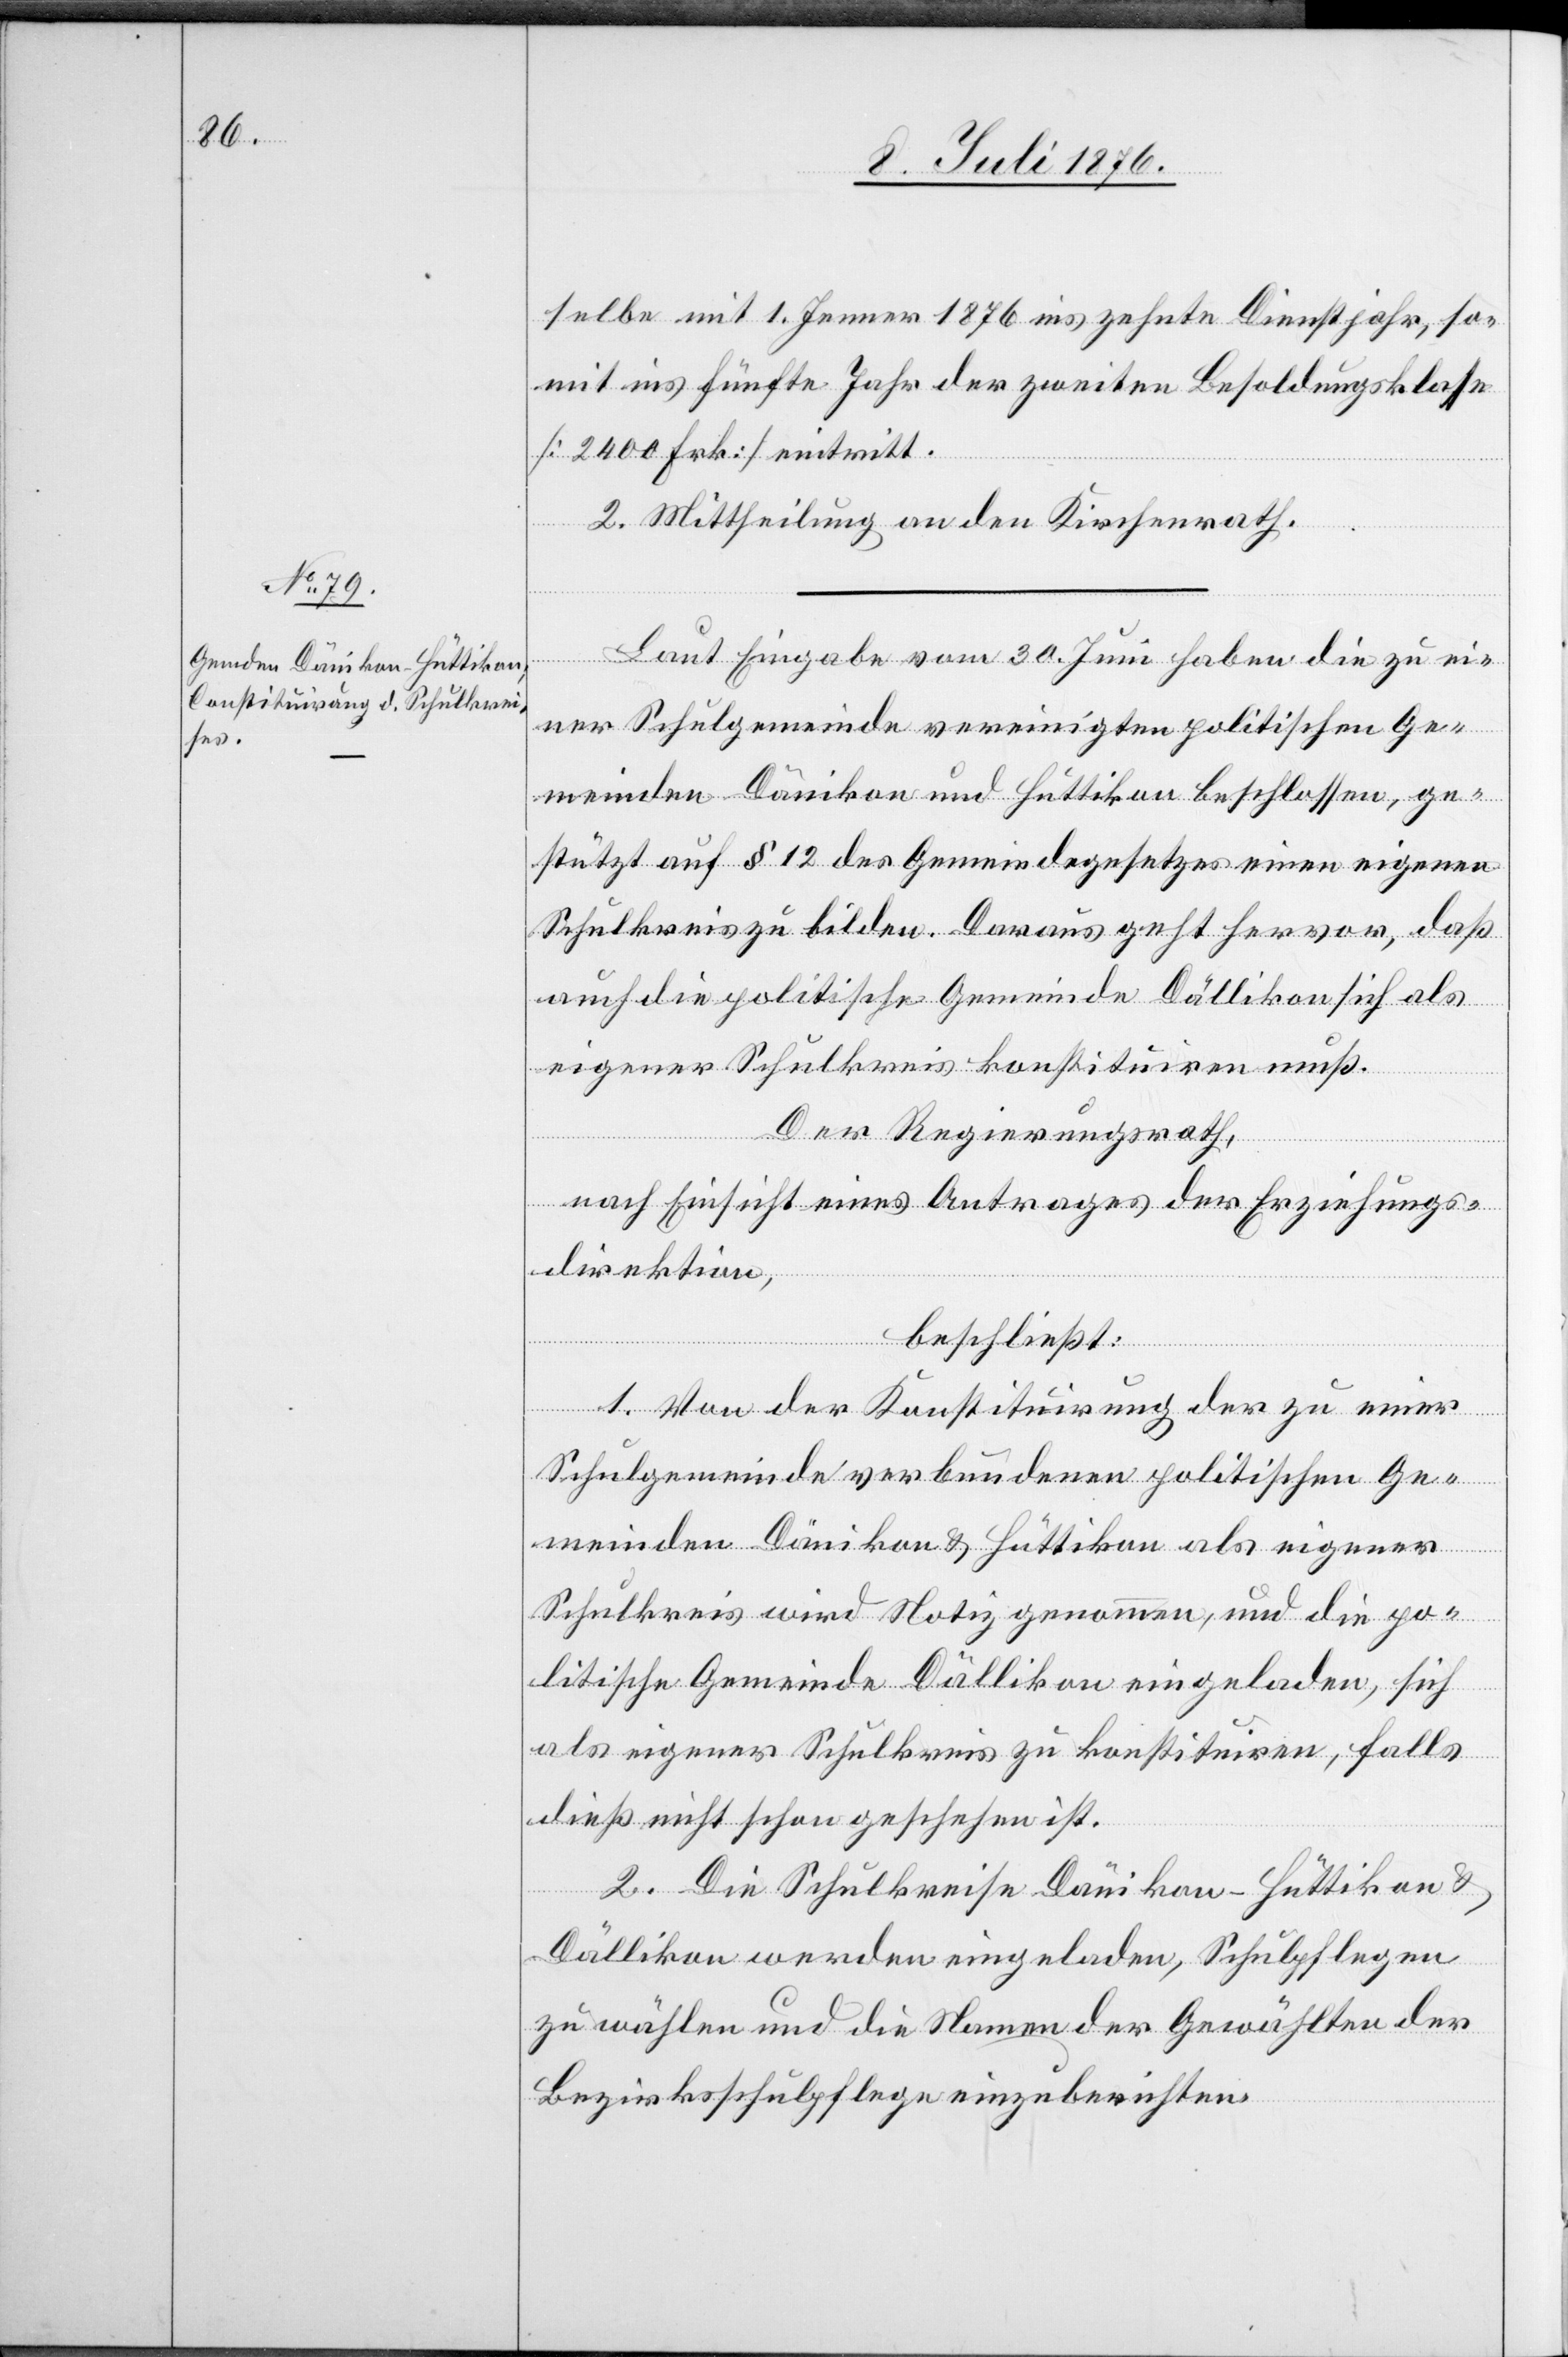
selbe mit 1. Jenner 1876 ins zehnte Dienstjahr, so¬
mit ins fünfte Jahr der zweiten Besoldungsklasse
[2400 Frk.] eintritt.
2. Mittheilung an den Kirchenrath.
Laut Eingabe vom 30. Juni haben die zu ei¬
ner Schulgemeine vereinigten politischen Ge¬
meinden Dänikon und Hüttikon beschlossen, ge¬
stützt auf § 12 des Gemeindegesetzes einen eigenen
Schulkreis zu bilden. Daraus geht hervor, daß
auch die politische Gemeinde Dällikon sich als
eigener Schulkreis konstituiren muß.
des
Der Regierungsrath,
nach Einsicht eines Antrages der Direk¬
beschließt:
1. Von der Konstituirung der zu einer
Schulgemeinde verbundenen politischen Ge¬
meinden Dänikon & Hüttikon als eigener
Schulkreis wird Notiz genommen, und die po¬
litische Gemeinde Dällikon eingeladen, sich
als eigener Schulkreis zu konstituiren, falls
dies nicht schon geschehen ist.
2. Die Schulkreise Dänikon - Hüttikon &
Dällikon werden eingeladen, Schulpflegen
zu wählen und die Namen der Gewählten der
Bezirksschulpflege einzuberichten.